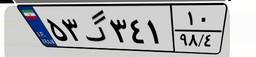
۵۳گ۳۴۱۱۰